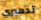
تدميري